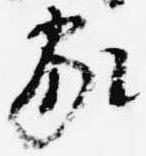
家